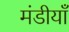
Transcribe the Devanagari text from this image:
मंडीयाँ